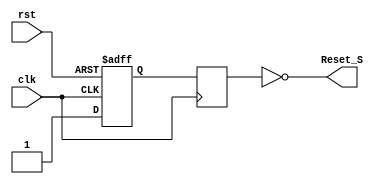
`timescale 1ns / 1ps

//******************************************************************//
//                                                                  //
//  Created by Vince Nguyen on September 19th, 2019.                //
//  Revised by Vince Nguyen on October 15th, 2019.                  //
//  Copyright  2019 Vince Nguyen.  All rights reserved.            //
//                                                                  //
//                                                                  //
//  This file is an asynchronous in, synchronous out (AISO) module  //
//  that will synchronously reset all other modules to a known      //
//  state whenever the input "rst" is asserted.                     //
//******************************************************************//


module AISO(
    input   clk,
    input   rst,
    output  Reset_S
    );
    
    reg    Qok, Qmeta;
    
    assign  Reset_S = ~Qok;
    
    always @(posedge clk, posedge rst)
        if(rst)
            Qmeta <= 1'b0;
        else
            Qmeta <= 1'b1;
    
    always @(posedge clk)
        Qok <= Qmeta;
endmodule